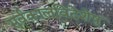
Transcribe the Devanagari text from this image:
सर्वकालविदेशेषु